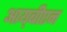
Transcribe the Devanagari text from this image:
आय्‌बीएन